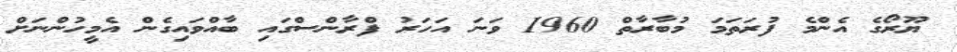
ޔޫރޯގެ އެންމެ ފުރަތަމަ މުބާރާތް 1960 ވަނަ އަހަރު ފްރާންސްގައި ބާއްވައިގެން އެމީހުންނަށް